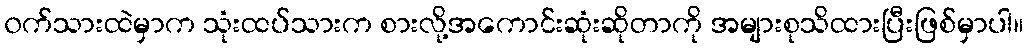
၀က်သားထဲမှာက သုံးထပ်သားက စားလို့အကောင်းဆုံးဆိုတာကို အများစုသိထားပြီးဖြစ်မှာပါ။